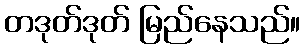
တဒုတ်ဒုတ် မြည်နေသည်။